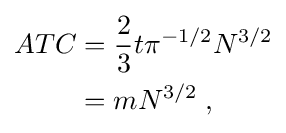
{\begin{aligned}ATC&{}={\frac {2}{3}}t\pi ^{-1/2}N^{3/2}\\&{}=mN^{3/2}\;,\end{aligned}}